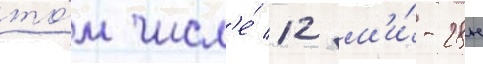
то́м числ'е́ 12 м'и́-28н